Report of the Bombay Plague Committee
Disease focus: Plague
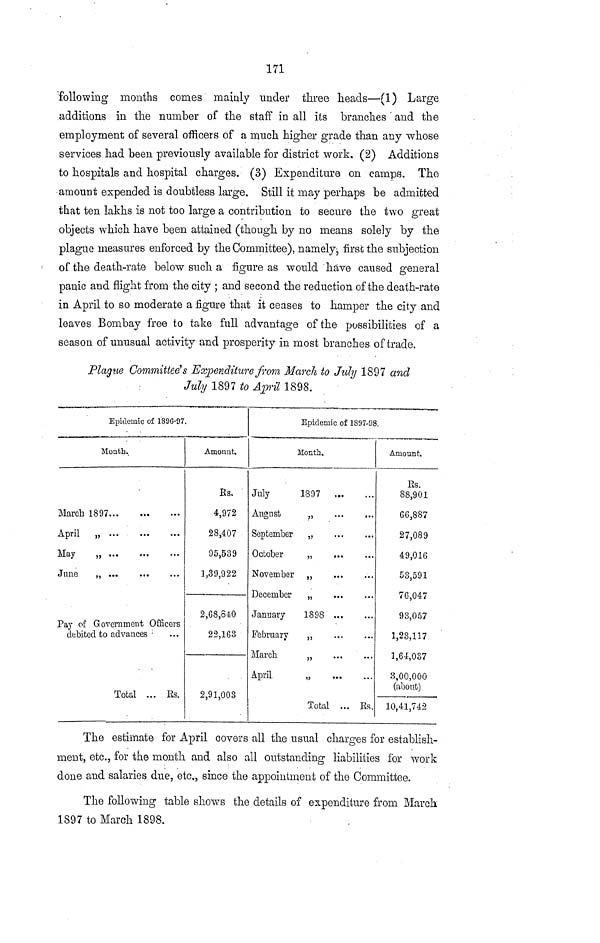
171
following months comes mainly under three heads—(1) Large
additions in the number of the staff in all its branches and the
employment of several officers of a much higher grade than any whose
services had been previously available for district work, (2) Additions
to hospitals and hospital charges. (3) Expenditure on camps. The
amount expended is doubtless large. Still it may perhaps be admitted
that ten lakhs is not too large a contribution to secure the two great
objects which have been attained (though by no means solely by the
plague measures enforced by the Committee), namely j h'rsc the subjection
of the death-rate below such a figure as would have caused general
panic and flight from the city ; and second the reduction of the death-rate
in April to so moderate a figure that it ceases to hamper the city and
leaves Bombay free to take full advantage of the possibilities of a
season of unusual activity and prosperity in most branches of trade.
Plague Committees Expenditure from MarcJi to July 1897 and
July 1897 to April 1898.
Epidemic of 1S9G-97.
Month.
March 1897
April
„
May
„
June
„
Pay of Government Officers
debited to advances
Total ... Es.
Amonnfc.
Es,
4,972
28,407
95,539
1,39,922
2,68,840
22,163
2,91,003
Epidemic of 1897-98.
Month,
Jnly
August
September
October
November
December
January
February
March
April
1897
• >• >
"*
•••
„
...
...
,,
•»•
...
,,
•••
...
„
...
1898
j>
•••
•••
,,
...
„
...
Total ... Es,
Amount.
Es.
88,901
66,887
27,089
49,016
53,591
76,047
93,057
1,23,117
1,64,087
3,00,000
(about)
10,41,742
The estimate for April covers all the usual charges for establish-
ment, etc., for the month and also all outstanding liabilities for work
done and salaries due, etc., since the appointment of the Committee.
The following table shows the details of expenditure from March
1897 to March 1898.